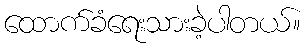
ထောက်ခံရေးသားခဲ့ပါတယ်။